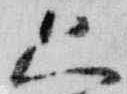
只